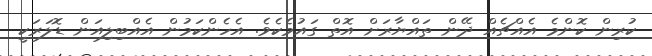
ކުރިން ކޮންމެ އެއްޗެއް ދޭން ތައްޔާރަށް އޮތް ގައުމެކެވެ. އެހެންކަމުން އެއްބިލިއަން ޑޮލަރަކީ